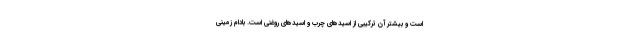
است و بیشتر آن ترکیبی از اسیدهای چرب و اسیدهای روغنی است. بادام زمینی